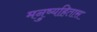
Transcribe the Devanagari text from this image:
मनुष्यहितास